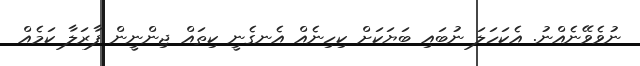
ނުވެވޭނެއްނު. އެކަހަލަ ނުބައި ބަޔަކަށް ކިހިނެއް އެނގެނީ ކިތައް ޖިންނީން ފާރަލާ ކަމެއް